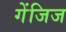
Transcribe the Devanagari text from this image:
गेंजिज